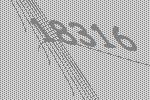
18316